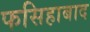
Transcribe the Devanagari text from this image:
फसिहाबाद